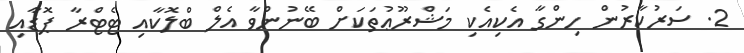
2. ސަރުކާރުން ހިންގާ އެކިއެކި މަޝްރޫޢުތަކަށް ބޭނުންވާ އެލް ބްލޮކާއި ޓެޓްރާ ޕޮޑާއި